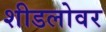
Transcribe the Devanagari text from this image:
शीडलोवर